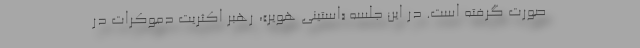
صورت گرفته است. در این جلسه «استینی هویر»، رهبر اکثریت دموکرات در